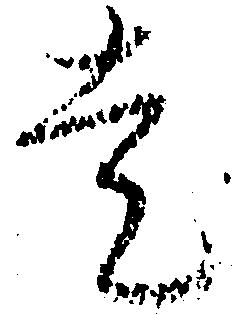
走